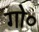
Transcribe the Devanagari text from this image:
गो०